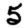
Digit: 5